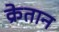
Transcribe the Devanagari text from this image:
क्रेतान